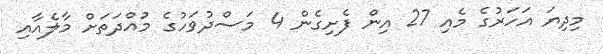
މިދިޔަ އަހަރުގެ މެއި 27 އިން ފެށިގެން 4 މަސްދުވަހުގެ މުއްދަތަށް މާލެއާއި